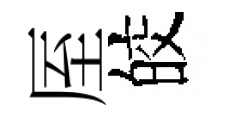
厔皎